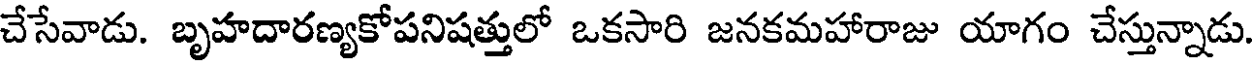
చేసేవాడు. బృహదారణ్యకోపనిషత్తులో ఒకసారి జనకమహారాజు యాగం చేస్తున్నాడు